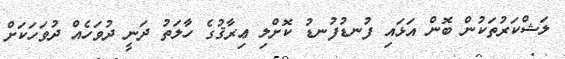
ލަޝްކަރުތަކުން ބޮން އަޅައި ފުނޑުފުނޑު ކޮށްލި ޢިރާޤުގެ ހާލަތު ދަނީ ދުވަހެއް ދުވަހަކަށް